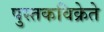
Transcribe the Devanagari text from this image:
पुस्तकविक्रेते